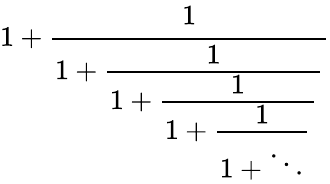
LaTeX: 1+{\cfrac{1}{1+{\cfrac{1}{1+{\cfrac{1}{1+{\cfrac{1}{1+\ddots}}}}}}}}